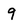
Character: 9